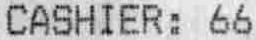
CASHIER: 66